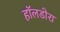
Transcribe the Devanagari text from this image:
हॉलडोरा